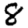
Digit: 8